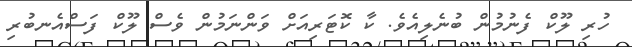
ހުރި ލޫކް ފެނުމުން ބުނެލިއެވެ. ކާ ކޮޓަރިއަށް ވަންނަމުން ވެސް ލޫކް ފަސްއެނބުރި